Report on horse surra - Volume I
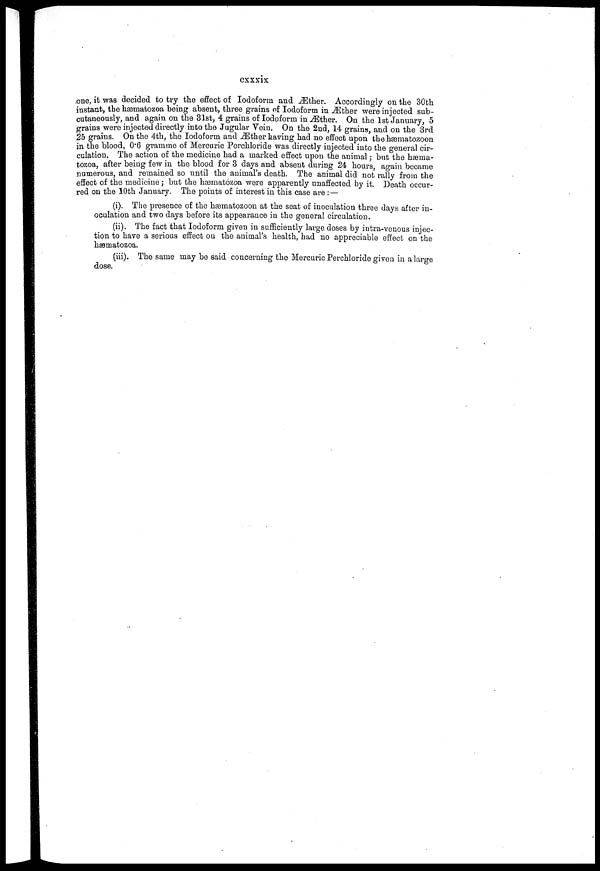
cxxxix
one, it was decided to try the effect of Iodoform and Æther. Accordingly on the 30th
instant, the hæmatozoa being absent, three grains of Iodoform in Æther were injected sub-
cutaneously, and again on the 31st, 4 grains of Iodoform in Æther. On the 1st January, 5
grains were injected directly into the Jugular Vein. On the 2nd, 14 grains, and on the 3rd
25 grains. On the 4th, the Iodoform and Æther having had no effect upon the hæmatozoon
in the blood, 0.6 gramme of Mercuric Perchloride was directly injected into the general cir-
culation. The action of the medicine had a marked effect upon the animal; but the hæma-
tozoa, after being few in the blood for 3 days and absent during 24 hours, again became
numerous, and remained so until the animal's death. The animal did not rally from the
effect of the medicine; but the hæmatozoa were apparently unaffected by it. Death occur-
red on the 10th January. The points of interest in this case are : —
(i). The presence of the hæmatozoon at the seat of inoculation three days after in-
oculation and two days before its appearance in the general circulation.
(ii). The fact that Iodoform given in sufficiently large doses by intra-venous injec-
tion to have a serious effect on the animal's health, had no appreciable effect on the
hæmatozoa.
(iii). The same may be said concerning the Mercuric Perchloride given in a large
dose.